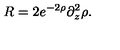
R = 2 e ^ { - 2 \rho } \partial _ { z } ^ { 2 } \rho .